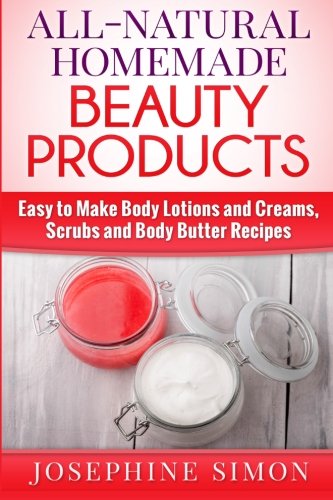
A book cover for All-Natural Homemade Beauty Products: Easy to Make Body Lotions and Creams, Scrubs and Body Butters Recipes; Josephine Simon; Health, Fitness & Dieting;